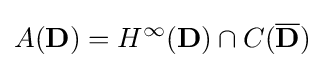
A(\mathbf {D} )=H^{\infty }(\mathbf {D} )\cap C({\overline {\mathbf {D} }})